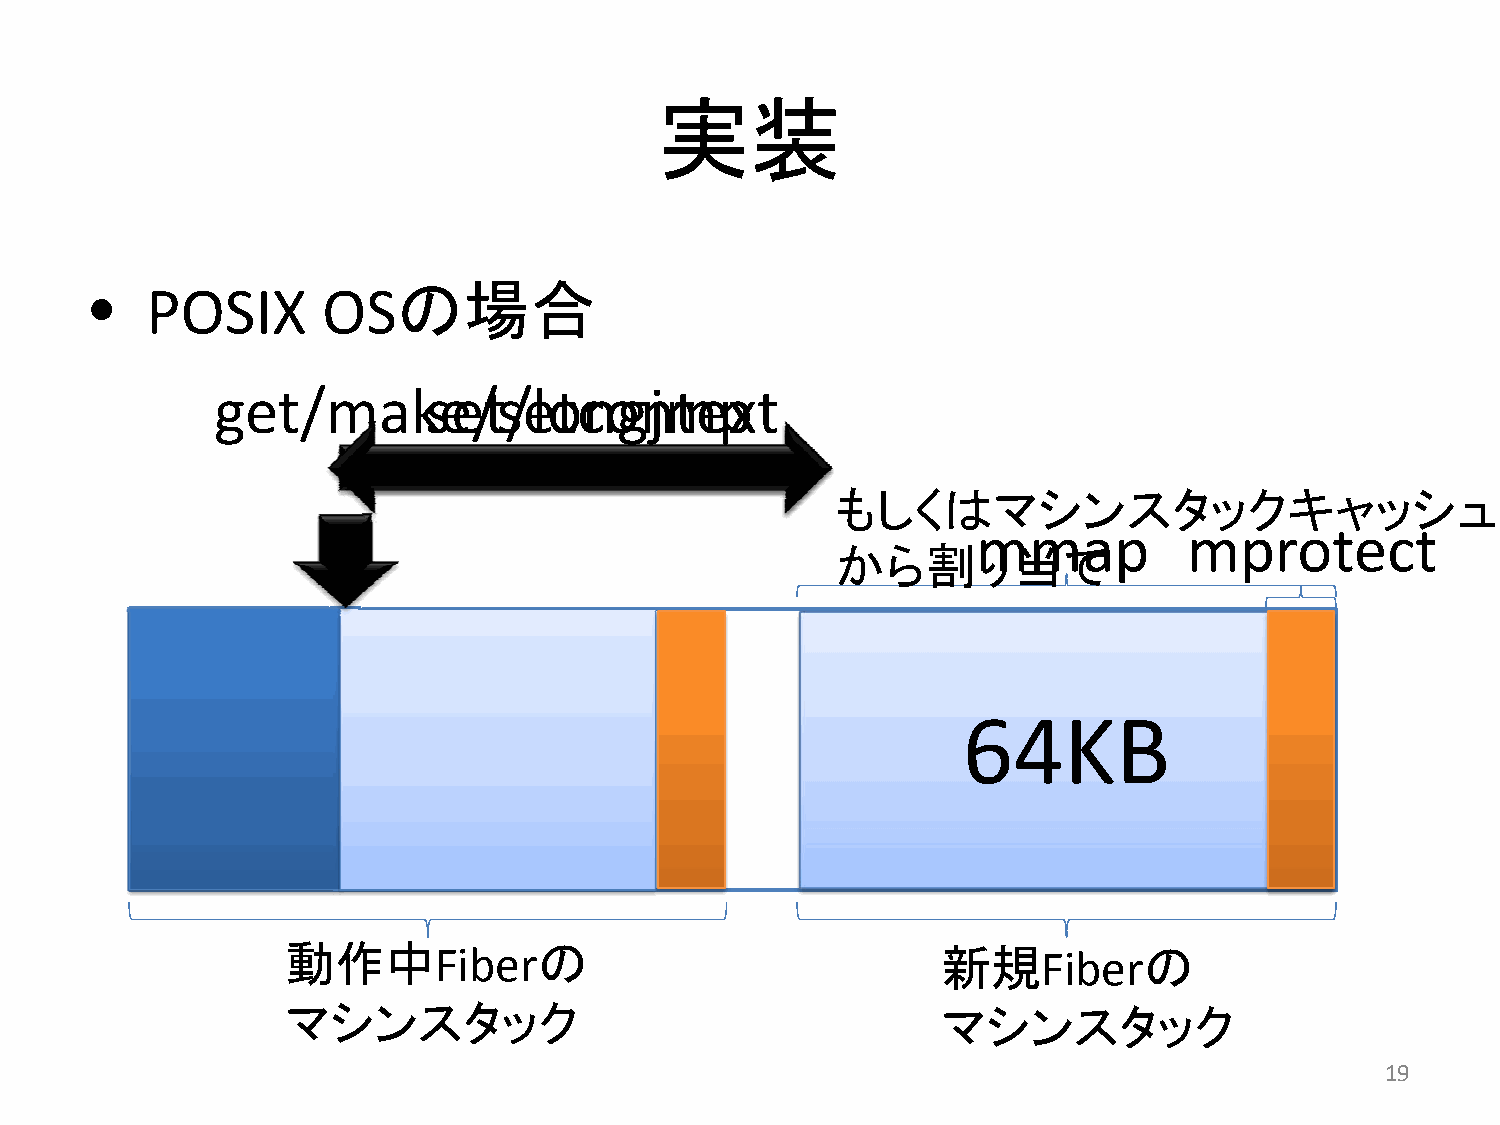
実装
 •   POSIX       OSの場合
 get/maksee/ts/elotcnognjmtepxt
 もしくはマシンスタックキャッシュ
 mmap          mprotect
 から割り当て
 64KB
 動作中Fiberの                                   新規Fiberの
 マシンスタック                                     マシンスタック
 19